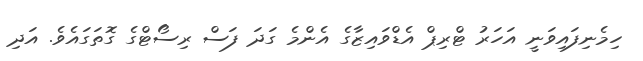
ހިމެނިފައިވަނީ އަހަރު ޓްރިޕް އެޑްވައިޒާގެ އެންމެ ގަދަ ފަސް ރިސޯޓްގެ ގޮތަގައެވެ. އަދި